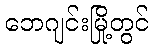
ဘေဂျင်းမြို့တွင်